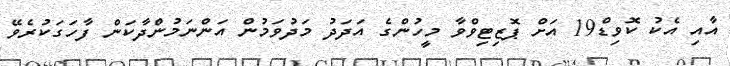
އާއި އެކު ކޮވިޑް19 އަށް ޕޮޒިޓިވްވާ މީހުންގެ އަދަދު މަދުވަމުން އަންނަމުންދާކަން ފާހަގަކުރެވޭ